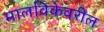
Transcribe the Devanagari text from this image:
मालविकेवरील